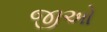
જીઓ